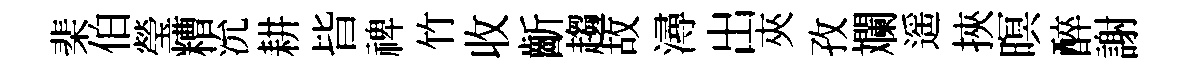
棐伯瑩糟沇耕𣅜禆竹收齗趨故潯出夾孜斕遥挾暝醉謝